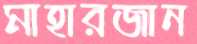
মাহারজান